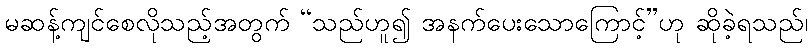
မဆန့်ကျင်စေလိုသည့်အတွက် “သည်ဟူ၍ အနက်ပေးသောကြောင့်”ဟု ဆိုခဲ့ရသည်၊